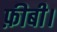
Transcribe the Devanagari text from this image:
फ़ीबी।